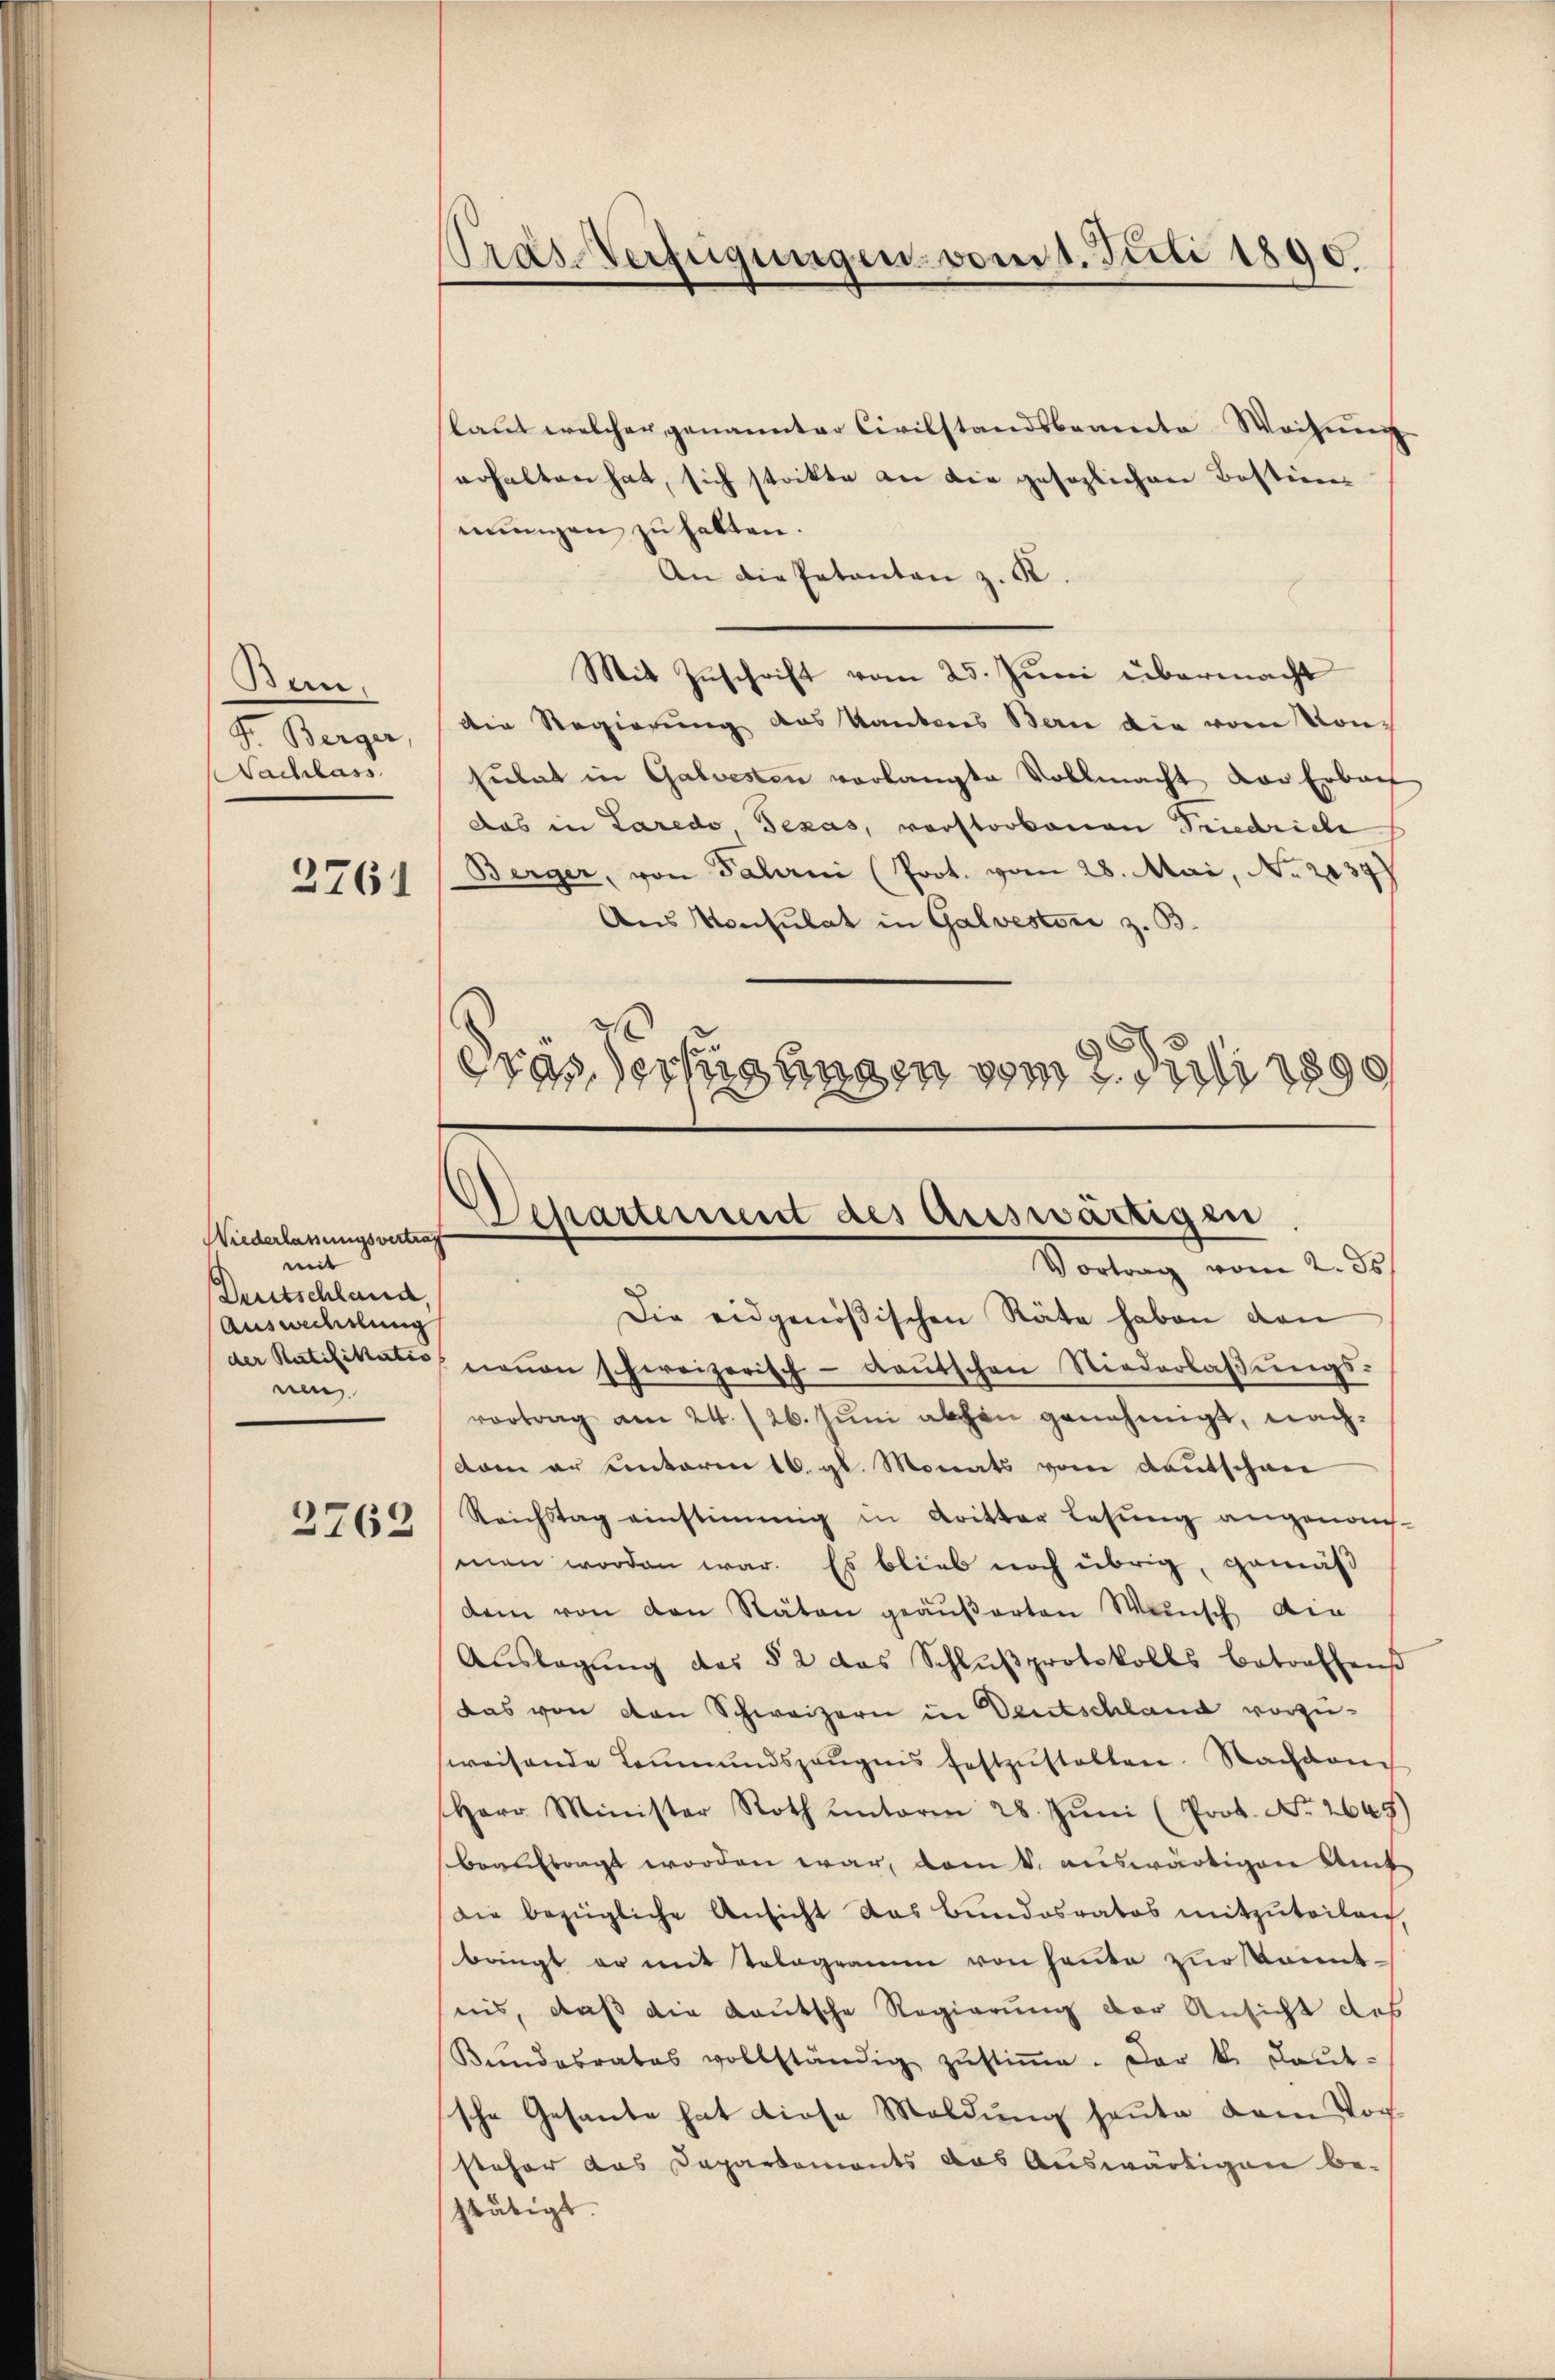
Bere
F. Berger,
Nachlass

2761

Wiederlassungsvertrag
mit
Deutschland,
Auswechslung
nen

3762

slaut welcher genannter Civilstandsbeamte Wohnung
erhalten hat, sich strikte an die gesezlichen Bestigens
mungen zu halten.
An die Patanten z. K.
Mit Zuschrift vom 25. Juni übermacht
Die Regierung des Kantons Bern die vom Konsulat in Galvesten vorlangte Vollmacht der Erbach
das in Laredo, Texas, vorstorbenen Friedriche
Berger, von Fahrni (Prot. vom 28. Mai, No. 2034
Aus Konsulat in Galvestori z. B.
.
dras Verfügungen vom 2. Juli 1890

Pras Verfügungen vom 1. Juli 1890.

Departement des Auswärtigen
Vortrag vom 2. ds

Die eidgenößischen Räte haben den
der Ratifikate neŭen Erreizerisch-deŭtschen Niederlaβŭngs-
vortrag am 24./26. Jŭni abhin genehmigt, nachdam er unterm 16. gl. Monats vom Kautschan
Reichstag einstimmig in Kritter Lesŭng angenom-
men worden war. Es blieb noch übrig, gemäß
dem von den Räten geäŭβerten Mensch die
Aŭslagŭng des § 2 das Schlŭβprotokolls betreffens
Das von den Schweizern in Deutschland vorzuweisende Leŭmŭndszeŭgens festzŭstalten. Nachdem
Herr Minister Roth unterm 28. Jŭni (Prot. No. 2645)
beauftragt worden war, vom 4. auswärtigen Amt
Die bezügliche Ansicht das Bundesrates mitzŭteilen,
bringt er mit Tologramm von heŭte zŭr Kenntnis, daß die deutsche Regierung der Ansicht des
Kŭndesrates vollständig zŭstiṁe. Der k. Laŭt-
sche Gesande hat diese Meldung heute dem Vorsteher das Departements das Auswärtigen be-
stätigt.